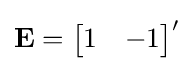
\mathbf {E} ={\begin{bmatrix}1&-1\end{bmatrix}}'